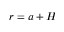
r = a + H